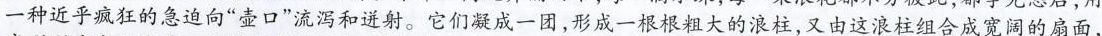
一种近乎疯狂的急迫向”壶口”流泻和迸射。它们凝成一团，形成一根根粗大的浪柱，又由这浪柱组合成宽阔的扇面，